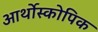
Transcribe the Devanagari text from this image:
आर्थोस्कोपिक